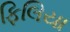
ફિલિયા